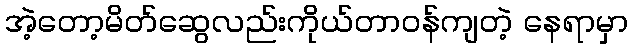
အဲ့တော့မိတ်ဆွေလည်းကိုယ်တာဝန်ကျတဲ့ နေရာမှာ